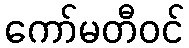
ကော်မတီဝင်